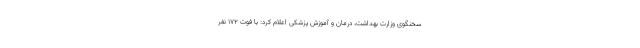
سخنگوی وزارت بهداشت، درمان و آموزش پزشکی اعلام کرد: با فوت ۱۷۲ نفر